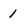
Character: 1